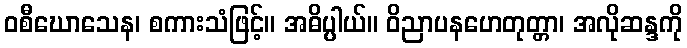
ဝစီဃောသေန၊ စကားသံဖြင့်။ အဓိပ္ပါယ်။ ဝိညာပနဟေတုတ္တာ၊ အလိုဆန္ဒကို